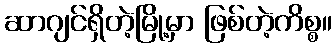
ဆာဂျင်ရှိတဲ့မြို့မှာ ဖြစ်တဲ့ကိစ္စ။